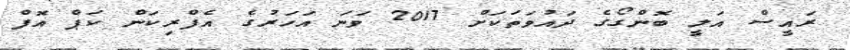
ރައީސް އަލީ ބޮންގޯގެ ދައުވަތަކަށް 2017 ވަނަ އަހަރުގެ އެފްރިކަން ކަޕް އޮފް